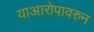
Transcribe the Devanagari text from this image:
याआरोपावरुन